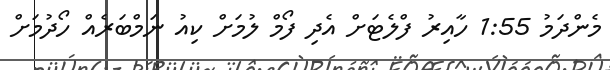
މެންދަމު 1:55 ހާއިރު ފްލެޓަށް އެދި ފޯމް ލުމަށް ކިއު ނަމްބަރެއް ހޯދުމަށް